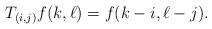
LaTeX: \begin{align*} T_{(i,j)}f(k, \ell) = f(k-i, \ell-j).\end{align*}